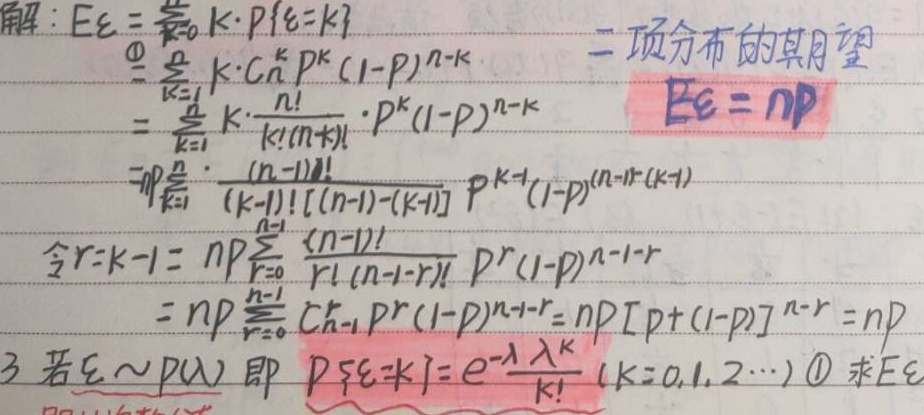
解：
\[
\begin{align*}
E\xi&=\sum_{k = 0}^{n}k\cdot P\{\xi = k\}\\
\text{\textcircled{1}}&=\sum_{k = 1}^{n}k\cdot C_{n}^{k}p^{k}(1 - p)^{n - k}\\
&=\sum_{k = 1}^{n}k\cdot\frac{n!}{k!(n - k)!}\cdot p^{k}(1 - p)^{n - k}\\
&=np\sum_{k = 1}^{n}\frac{(n - 1)!}{(k - 1)![(n - 1)-(k - 1)]}p^{k - 1}(1 - p)^{(n - 1)-(k - 1)}\\
\text{令}r = k - 1&=np\sum_{r = 0}^{n - 1}\frac{(n - 1)!}{r!(n - 1 - r)!}p^{r}(1 - p)^{n - 1 - r}\\
&=np\sum_{r = 0}^{n - 1}C_{n - 1}^{r}p^{r}(1 - p)^{n - 1 - r}=np[p+(1 - p)]^{n - 1}=np
\end{align*}
\]

3. 若\(\xi\sim P(\lambda)\) 即 \(P\{\xi = k\}=e^{-\lambda}\frac{\lambda^{k}}{k!}(k = 0,1,2,\cdots)\) \textcircled{1} 求\(E\xi\)

二项分布的期望
\[
E\xi=np
\]